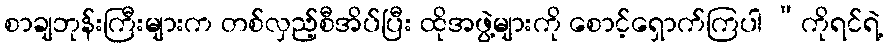
စာချဘုန်းကြီးများက တစ်လှည့်စီအိပ်ပြီး ထိုအဖွဲ့များကို စောင့်ရှောက်ကြပါ “ကိုရင်ရဲ့